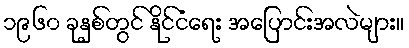
၁၉၆၀ ခုနှစ်တွင် နိုင်ငံရေး အပြောင်းအလဲများ။